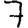
Digit: 7